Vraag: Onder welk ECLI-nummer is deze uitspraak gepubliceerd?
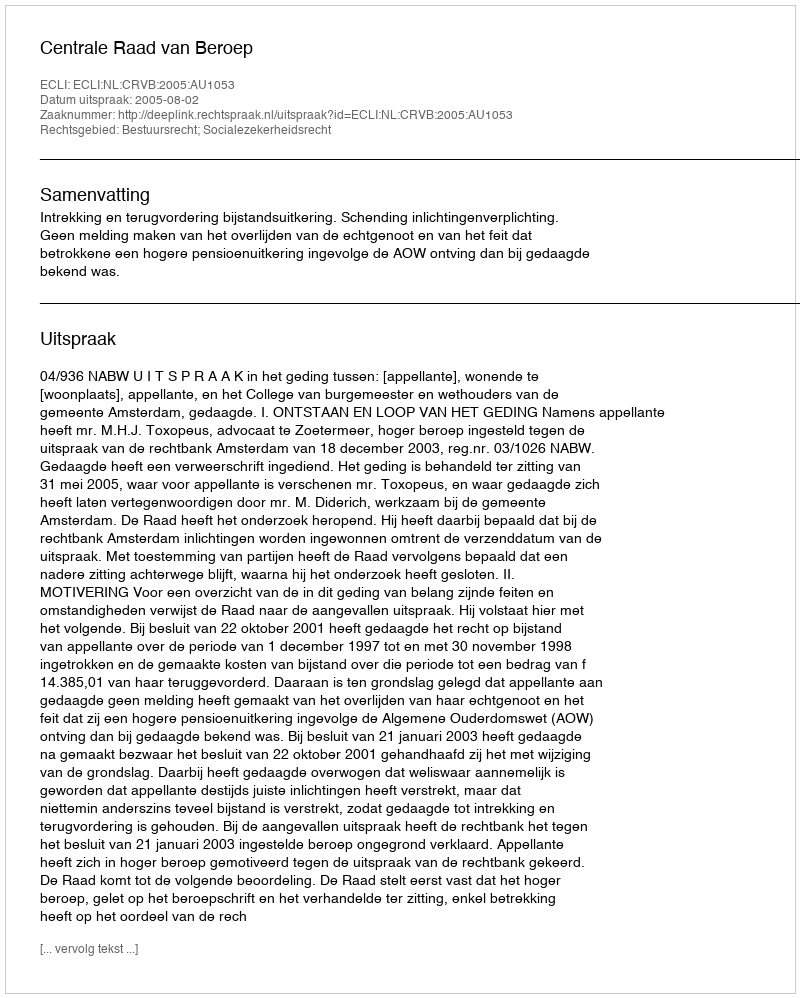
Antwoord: ECLI:NL:CRVB:2005:AU1053